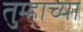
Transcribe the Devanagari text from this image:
तुम्हाच्या